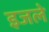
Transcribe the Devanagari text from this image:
इजले